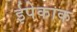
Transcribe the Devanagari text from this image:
ईपेकाक